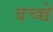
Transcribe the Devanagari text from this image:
बच्च्चे